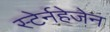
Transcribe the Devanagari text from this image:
स्टेर्नहेजेन